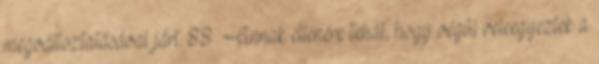
megváltoztatásával járt. 88 Annak ellenére tehát, hogy végül beleegyeztek a